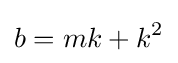
b=mk+k^{2}